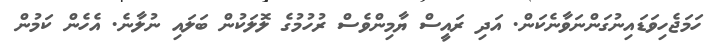
ހަމަޖެހިވަޑައިނުގަންނަވާނެކަން. އަދި ރައީސް ޔާމިންވެސް ރުހުމުގެ ލޮލަކުން ބަލައި ނުލާނެ. އެހެން ކަމުން